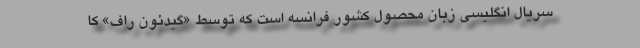
سریال انگلیسی‌ زبان محصول کشور فرانسه است که توسط «گیدئون راف» کا